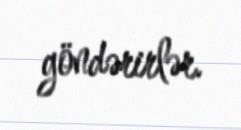
göndərirlər.